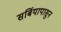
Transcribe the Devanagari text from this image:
सर्बियापासुन